Madras plague regulations in force outside the Presidency town - Volume 5
Disease focus: Plague
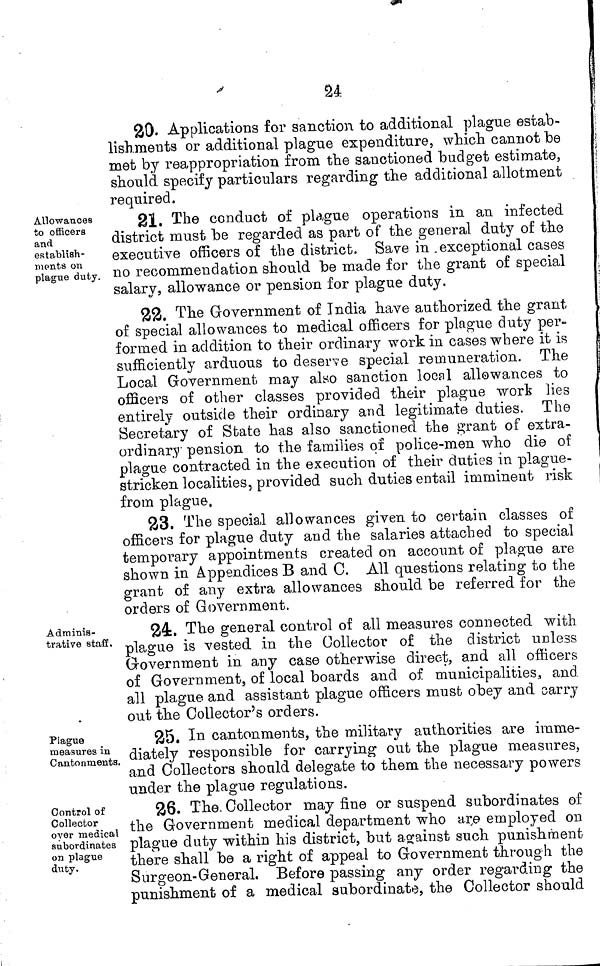
'
U.
20. Applications for sanction to additional plague estab-
lishments or additional plague expenditure, which cannot be
met by reappropriation from the sanctioned budget estimate,
should specify particulars regarding the additional allotment
required.
Allowances
to officers
and
establish-
ments on
plague duty.
21. The conduct of plague operations in an infected
district must be regarded as part of the general duty of the
executive officers of the district» Save in , exceptional cases
no recommendation should be made for the grant of special
salary, allowance or pension for plague duty.
22. The Government of India have authorized the grant
of special allowances to medical officers for plague duty per»
formed in addition to their ordina.ry work in cases where it is
sufficiently arduous to deserve special remuneration. The
Local Government may also sanction local allowances to
officers of other classes provided their plague work lies
entirely outside their ordinary and legitimate duties. The
Secretary of State has also sanctioned the grant of extra-
ordinary pension to the families of police-men who die of
plague contracted in the execution of their duties in plague-
stricken localities, provided such duties entail imminent risk
from plague.
23. The special allowances given to certain, classes of
officers for plague duty and the salaries attached to special
temporary appointments created on account of plague are
shown in Appendices B and C. All questions relating to the
grant of any extra allowances should be referred for the
orders of Government.
Adminis-
trative staff.
24. The general control of all measures connected with
plague is vested in the Collector of the district unless
Government in any case otherwise direct, and all officers
of Government, of local boards and of municipalities,, and
all plague and assistant plague officers must obey and carry
out the Collector's orders.
Plague
measures in
Cantonments.
25. In cantonments, the military authorities are imme-
diately responsible for carrying out the plague measures,
and Collectors should delegate to them the necessary powers
under the plague regulations.
Control of
Collector
over medical
subordinates
on plague
duty.
28. The. Collector may fine or suspend subordinates of
the Government medical department who ar,e employed on
plague duty within his district, but against such punishment
there shall be a right of appeal to Government through the
Surgeon-General. Before passing any order regarding the
punishment of a medical subordinate, the Collector should